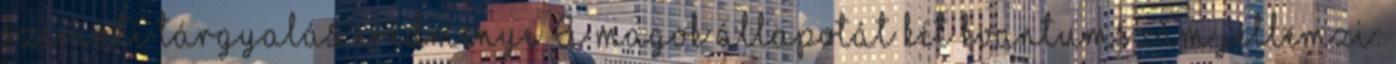
szerinti tárgyalás eredménye A magok állapotát két kvantumszám jellemzi: